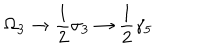
LaTeX: \Omega _ { 3 } \rightarrow \frac { 1 } { 2 } \sigma _ { 3 } \rightarrow \frac { 1 } { 2 } \gamma _ { 5 }